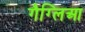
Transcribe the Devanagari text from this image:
गैग्लिआ